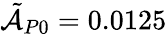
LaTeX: \tilde{\mathcal{A}}_{P0}=0.0125